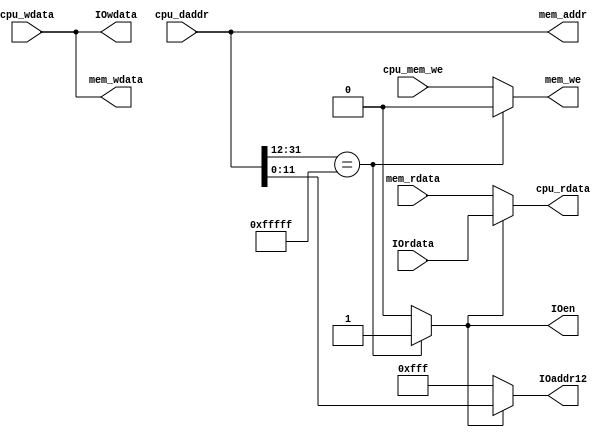
`timescale 1ns / 1ps
////////////////////////////////////////////////////////////////////////////////// 
// Module Name: bus
// Description: ,
//////////////////////////////////////////////////////////////////////////////////


module bus(
    input wire [31:0] cpu_daddr,
    input wire [31:0] cpu_wdata,
    input wire cpu_mem_we,
    input wire [31:0] IOrdata,
    input wire [31:0] mem_rdata,

    output wire IOen,
    output wire [31:0] cpu_rdata,
    output wire [11:0] IOaddr12,
    output wire [31:0] IOwdata,
    output wire [31:0] mem_addr,
    output wire [31:0] mem_wdata,
    output wire mem_we
    );

    assign IOen = (cpu_daddr[31:12] == 20'hfffff) ? 1 : 0;

    // cpu_rdata dmem
    assign cpu_rdata = (IOen) ? IOrdata : mem_rdata;

    // IOwdata led
    assign IOwdata = cpu_wdata;

    // dmemcpu
    assign mem_we = (cpu_daddr[31:12] == 'hfffff) ? 0 : cpu_mem_we;

    // dmemcpumem_we
    assign mem_wdata = cpu_wdata;

    // mem_addr dmem
    assign mem_addr = cpu_daddr;
    
    assign IOaddr12 =  (IOen) ? cpu_daddr[11:0] : 'hfff;



endmodule